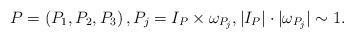
LaTeX: \begin{align*}P=\left( P_1, P_2, P_3 \right), P_j=I_P \times \omega_{P_j}, |I_P| \cdot |\omega_{P_j}|\sim 1.\end{align*}